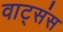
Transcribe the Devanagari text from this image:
वाट्संस